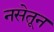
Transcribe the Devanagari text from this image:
नसेतून